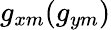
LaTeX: g_{xm}(g_{ym})